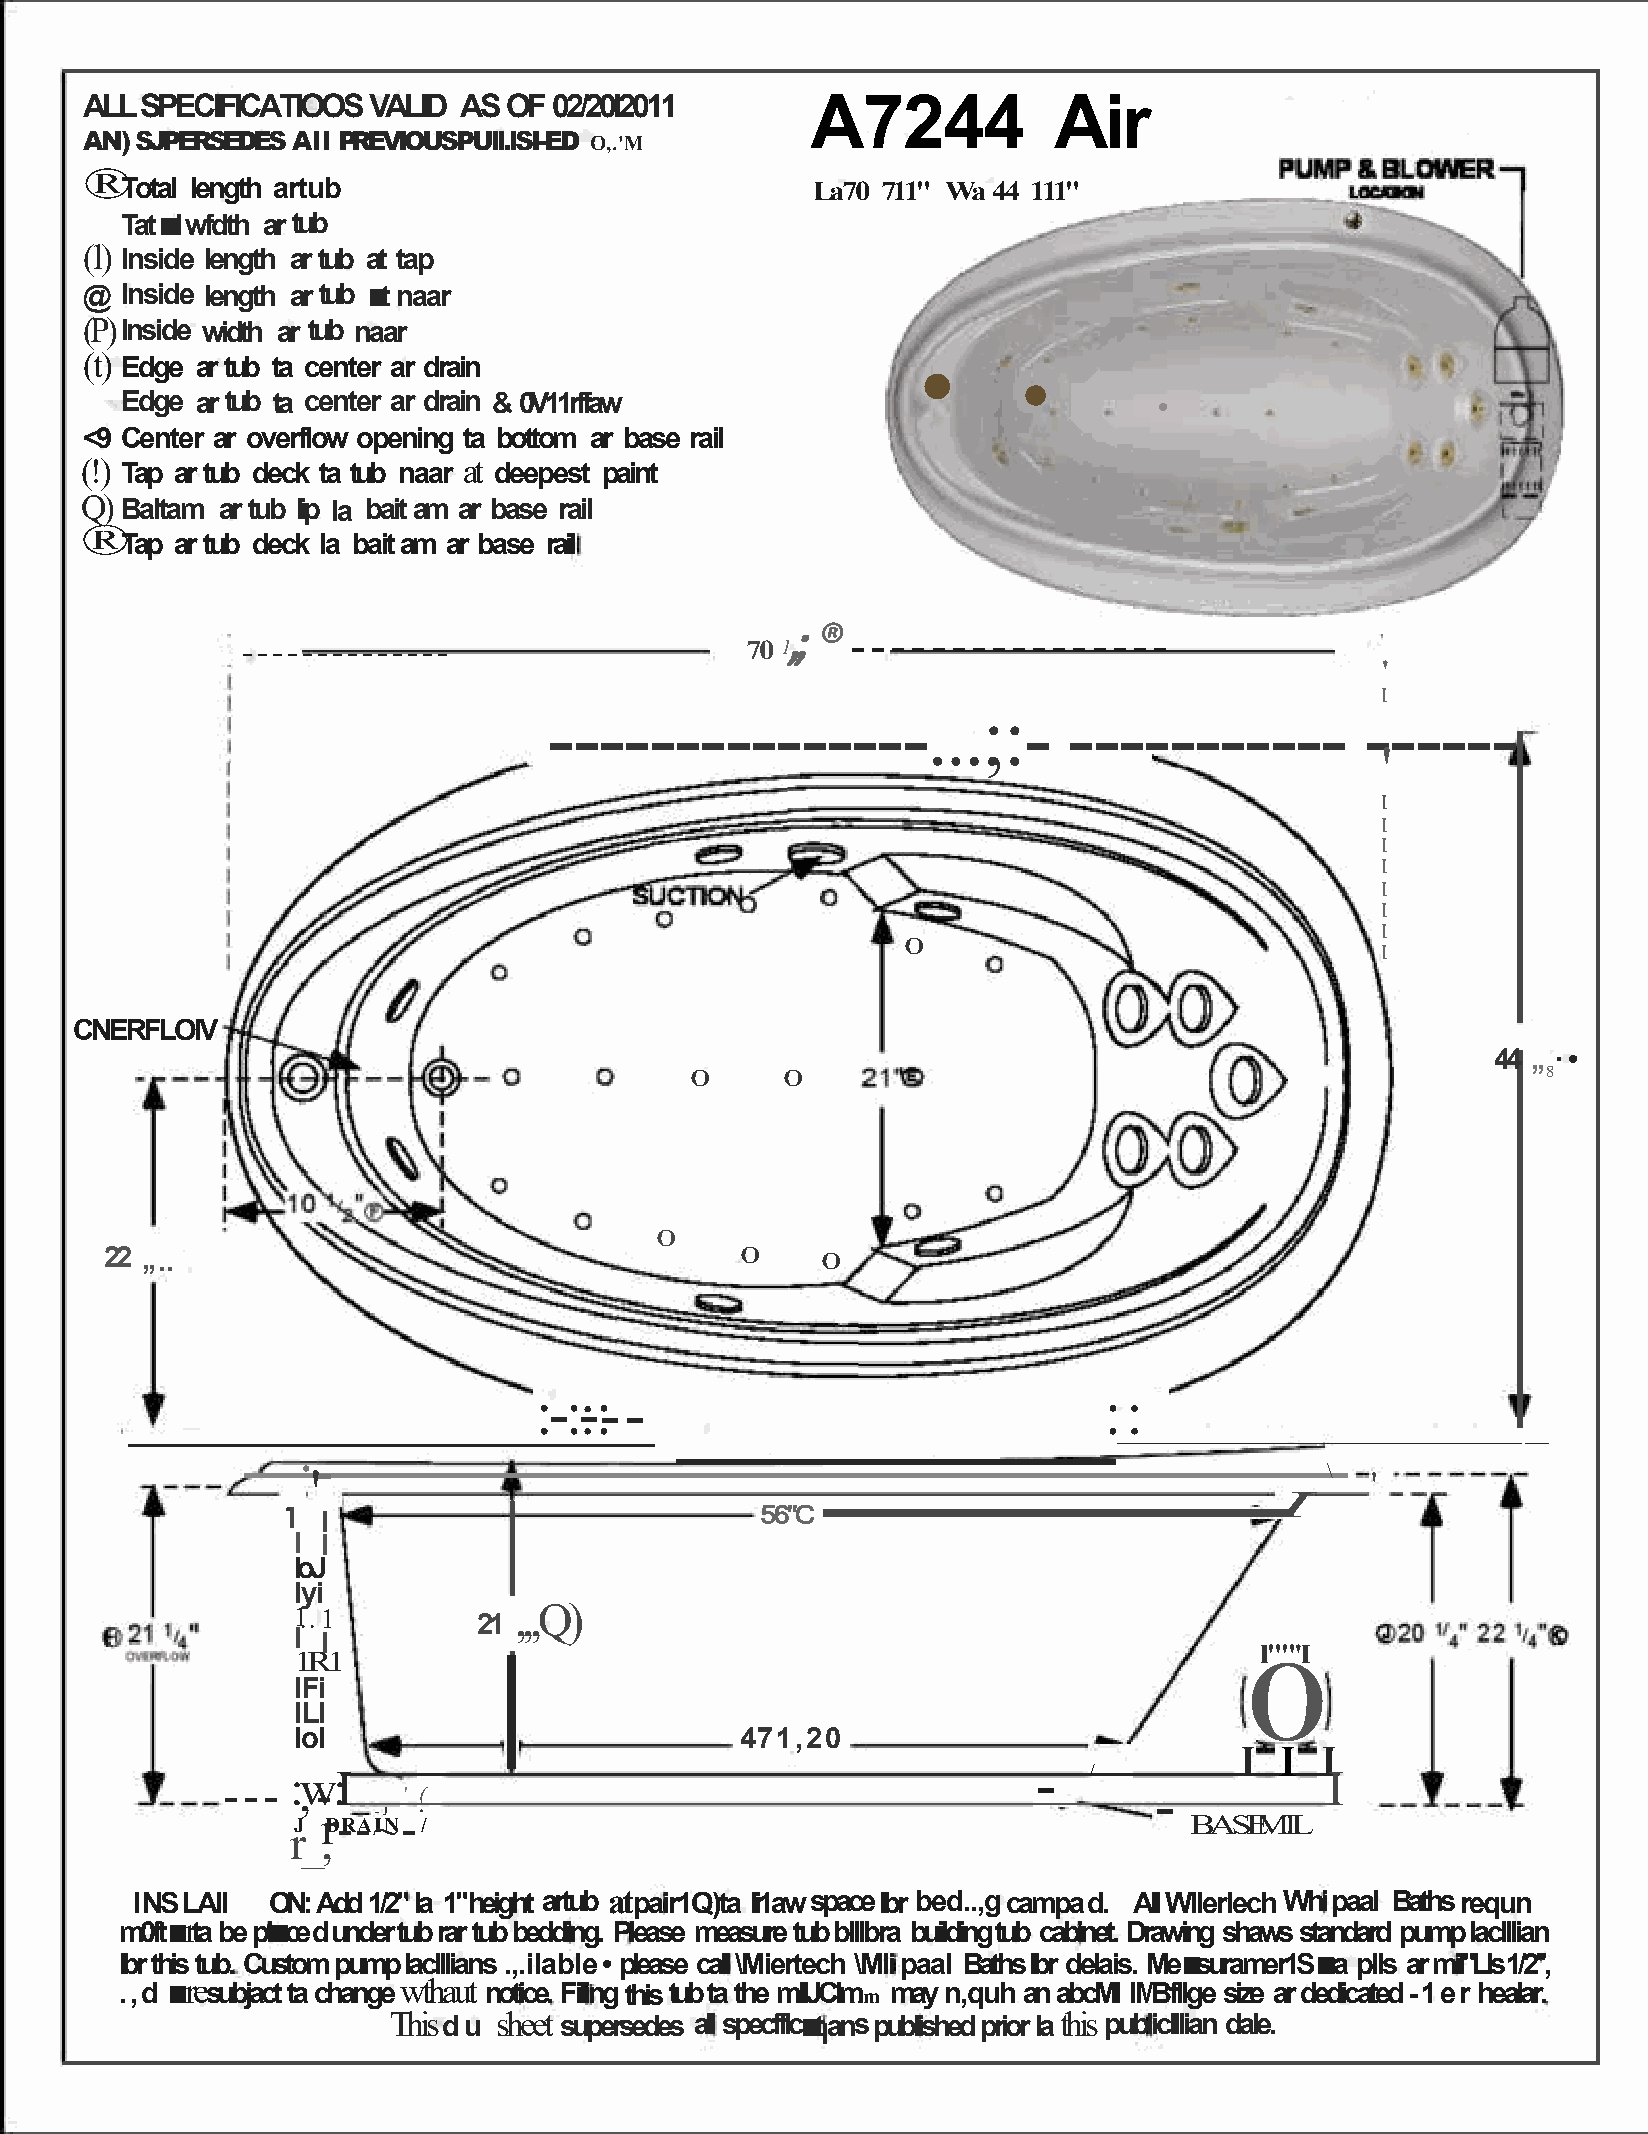
ALL SPECIFICATIOOS VALID AS OF 02/20l2011       A7244           Air
 AN) SJPERSEDES All PREVIOUS PUll.lSI-ED O,.'M
 ®
 Total length artub                            La70 711" Wa 44 111"
 Tat■ I wfdth ar tub
 (l)
 Inside length ar tub at tap
 @ Inside length ar tub ■ t naar
 (P) Inside width ar tub naar
 (t)                                                    •
 Edge ar tub ta center ar drain
 •
 Edge ar tub ta center ar drain & 0V11rffaw                           •
 <9 Center ar overflow opening ta bottom ar base rail
 (!)                       at
 Tap ar tub deck ta tub naar deepest paint
 Q)
 Baltam ar tub lip la bait am ar base rail
 ®
 Tap ar tub deck la bait am ar base rail
 ,; ® ----------------
 --------------                   70 1
 '
 I
 ---------------...;:-              -----------        ------
 '
 I
 I
 I
 I
 I
 I
 I
 0
 I
 CNERFLOIV
 44 ,, ·•
 0     0                                                 8
 0
 22 ,, ..                                  0    0
 ______
 ________________:_-_:_-:_:_-    _-                              ::
 ___________________        _
 ·-
 '                                                                  \  '
 .
 I
 l I                            56"C
 I I
 loJ
 lyi
 1. . 1         ,,,Q)
 21
 I I
 l""'I
 1R1
 0
 I Fi
 I LI
 lol                           471,20
 I  I I
 -  /
 :w:I                                                                 I
 ---  ,-     ' (                                              -
 J r D- R- A~ I-J N - • /                                    BASEM IL
 r_,
 I NS LAll ON: Add 1/2" la 1" height artub at pair1Q)ta li1aw space lbr bed..,g campa d. All Wllerlech Whi paal Baths requn
 ■r     ■
 m0ft ta be pl ced under tub rar tub bedding. Please measure tub blllbra building tub cabinet. Drawing shaws standard pump laclllian
 ■        ■
 lbr this tub. Custom pump laclllians .,.ilable • please call \Miertech \Mli paal Baths lbr delais. Me suramer1S ra plls ar mil"Lls 1/2'',
 ■re            wthaut
 .,d   subjact ta change notice. Filing this tub ta the mllJClmi. m may n,quh an abcMI II\/Bfllge size ar dedicated -1er healar.
 This du sheet supersedes all specfflc■ tans published prior la this publiclllian dale.
 l